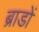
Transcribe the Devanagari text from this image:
ब्राडों